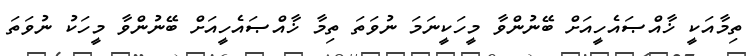
ތިމާއަކީ ޚާއްޞައެހީއަށް ބޭނުންވާ މީހަކީނަމަ ނުވަތަ ތިމާ ޚާއްޞައެހީއަށް ބޭނުންވާ މީހަކު ނުވަތަ